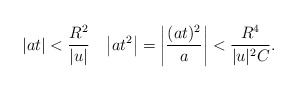
\begin{align*} |at|<\frac{R^2}{|u|}\quad\bigl|at^2\bigr| = \biggl|\frac{(at)^2}{a}\biggr| < \frac{R^4}{|u|^2C}.\end{align*}